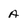
Character: a